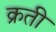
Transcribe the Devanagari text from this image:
क्रती